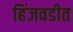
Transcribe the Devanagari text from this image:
हिंजवडीत